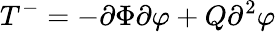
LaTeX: T^{-}=-\partial\Phi\partial\varphi+Q\partial^{2}\varphi